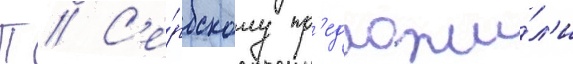
П // С'е́рбскому пр'едложи́л'и